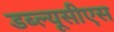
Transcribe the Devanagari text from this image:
डब्ल्यूसीएस